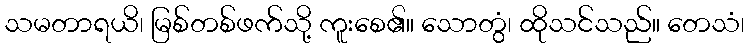
သမတာရယိ၊ မြစ်တစ်ဖက်သို့ ကူးစေ၏။ သောတွံ၊ ထိုသင်သည်။ တေသံ၊